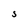
Character: S